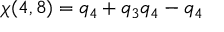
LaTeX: \chi ( 4 , 8 ) = q _ { 4 } + q _ { 3 } q _ { 4 } - q _ { 4 }